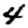
Digit: 4